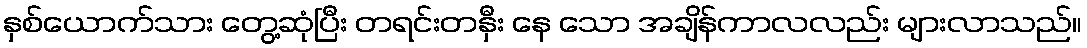
နှစ်ယောက်သား တွေ့ဆုံပြီး တရင်းတနှီး နေ သော အချိန်ကာလလည်း များလာသည်။